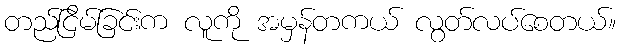
တည်ငြိမ်ခြင်းက လူကို အမှန်တကယ် လွတ်လပ်စေတယ်။